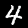
Digit: 4